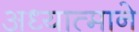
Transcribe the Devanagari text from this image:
अध्यात्माने